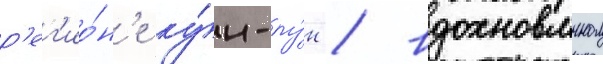
р'ег'ио́н'е ку́н-лу́н / вдохновлнном